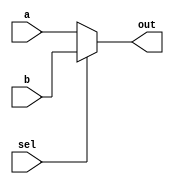
module top_module( 
    input a, b, sel,
    output out ); 
    assign out=(sel==1'b1)?b:a;
endmodule